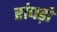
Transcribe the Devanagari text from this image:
रांघड़ो